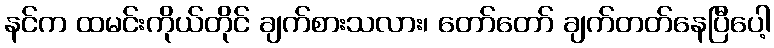
နင်က ထမင်းကိုယ်တိုင် ချက်စားသလား၊ တော်တော် ချက်တတ်နေပြီပေါ့